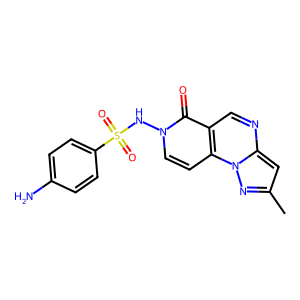
SMILES: Cc1cc2ncc3c(=O)n(NS(=O)(=O)c4ccc(N)cc4)ccc3n2n1
Inhibits HIV replication: No